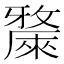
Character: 𣀗